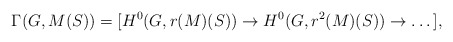
\begin{align*}\Gamma(G, M(S)) = [H^0(G, r(M)(S)) \to H^0(G, r^2(M)(S)) \to \dots],\end{align*}